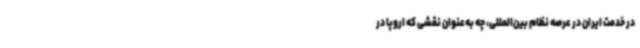
در خدمت ایران در عرصه نظام بین‌المللی، چه به‌عنوان نقشی که اروپا در